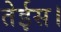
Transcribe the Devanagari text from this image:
तेईस।